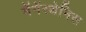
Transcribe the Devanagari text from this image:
मॅगॅस्थेनिस